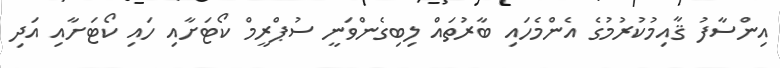
އިންސާފު ޤާއިމުކުރުމުގެ އެންމެހައި ބާރުތައް ލިބިގެންވަނީ ސުޕްރީމް ކޯޓަށާއި ހައި ކޯޓަށާއި އަދި